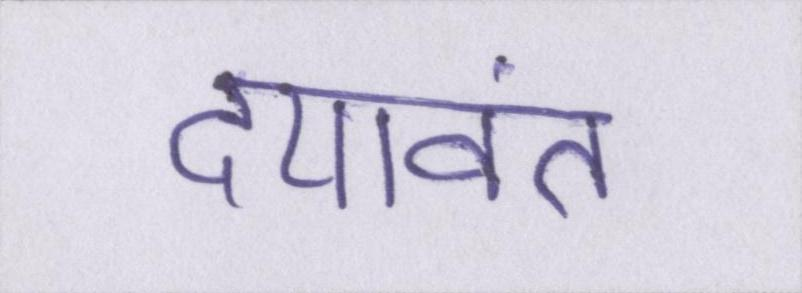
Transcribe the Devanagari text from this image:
दयावंत